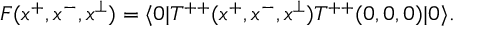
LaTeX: F ( x ^ { + } , x ^ { - } , x ^ { \perp } ) = \langle 0 | T ^ { + + } ( x ^ { + } , x ^ { - } , x ^ { \perp } ) T ^ { + + } ( 0 , 0 , 0 ) | 0 \rangle .